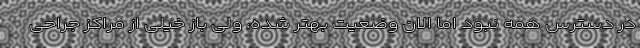
در دسترس همه نبود اما الان وضعیت بهتر شده، ولی باز خیلی از مراکز جراحی